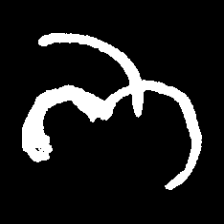
Pyu character \u2014 Myanmar letter: ဘ (romanized: bha)